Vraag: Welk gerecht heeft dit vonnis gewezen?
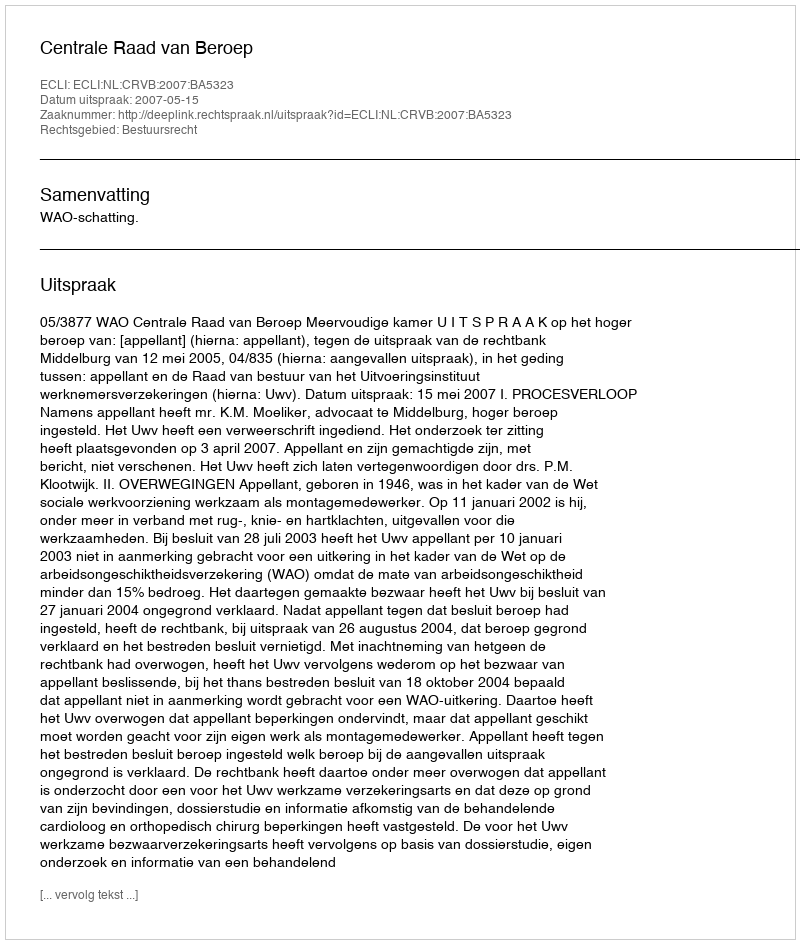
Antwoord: Centrale Raad van Beroep